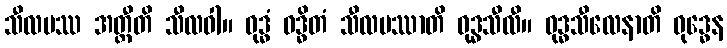
သီလမဿ အတ္ထီတိ သီလဝါ။ ဝုဒ္ဓံ ဝဒ္ဓိတံ သီလမဿာတိ ဝုဒ္ဓသီလီ။ ဝုဒ္ဓသီလေနာတိ ဝုဒ္ဓေန